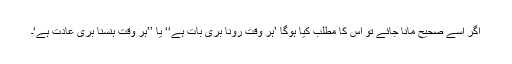
اگر اسے صحیح مانا جائے تو اس کا مطلب کیا ہوگا ’ہر وقت رونا بُری بات ہے‘‘ یا ’’ہر وقت ہنسنا بُری عادت ہے‘۔